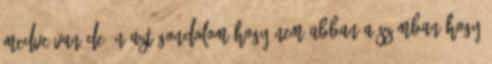
Medve van,de én azt gondolom,hogy nem abban a számban,hogy